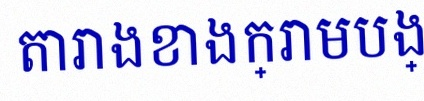
តារាងខាងក្រោមបង្ហាញពីទិន្នន័យ